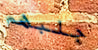
جلبهم